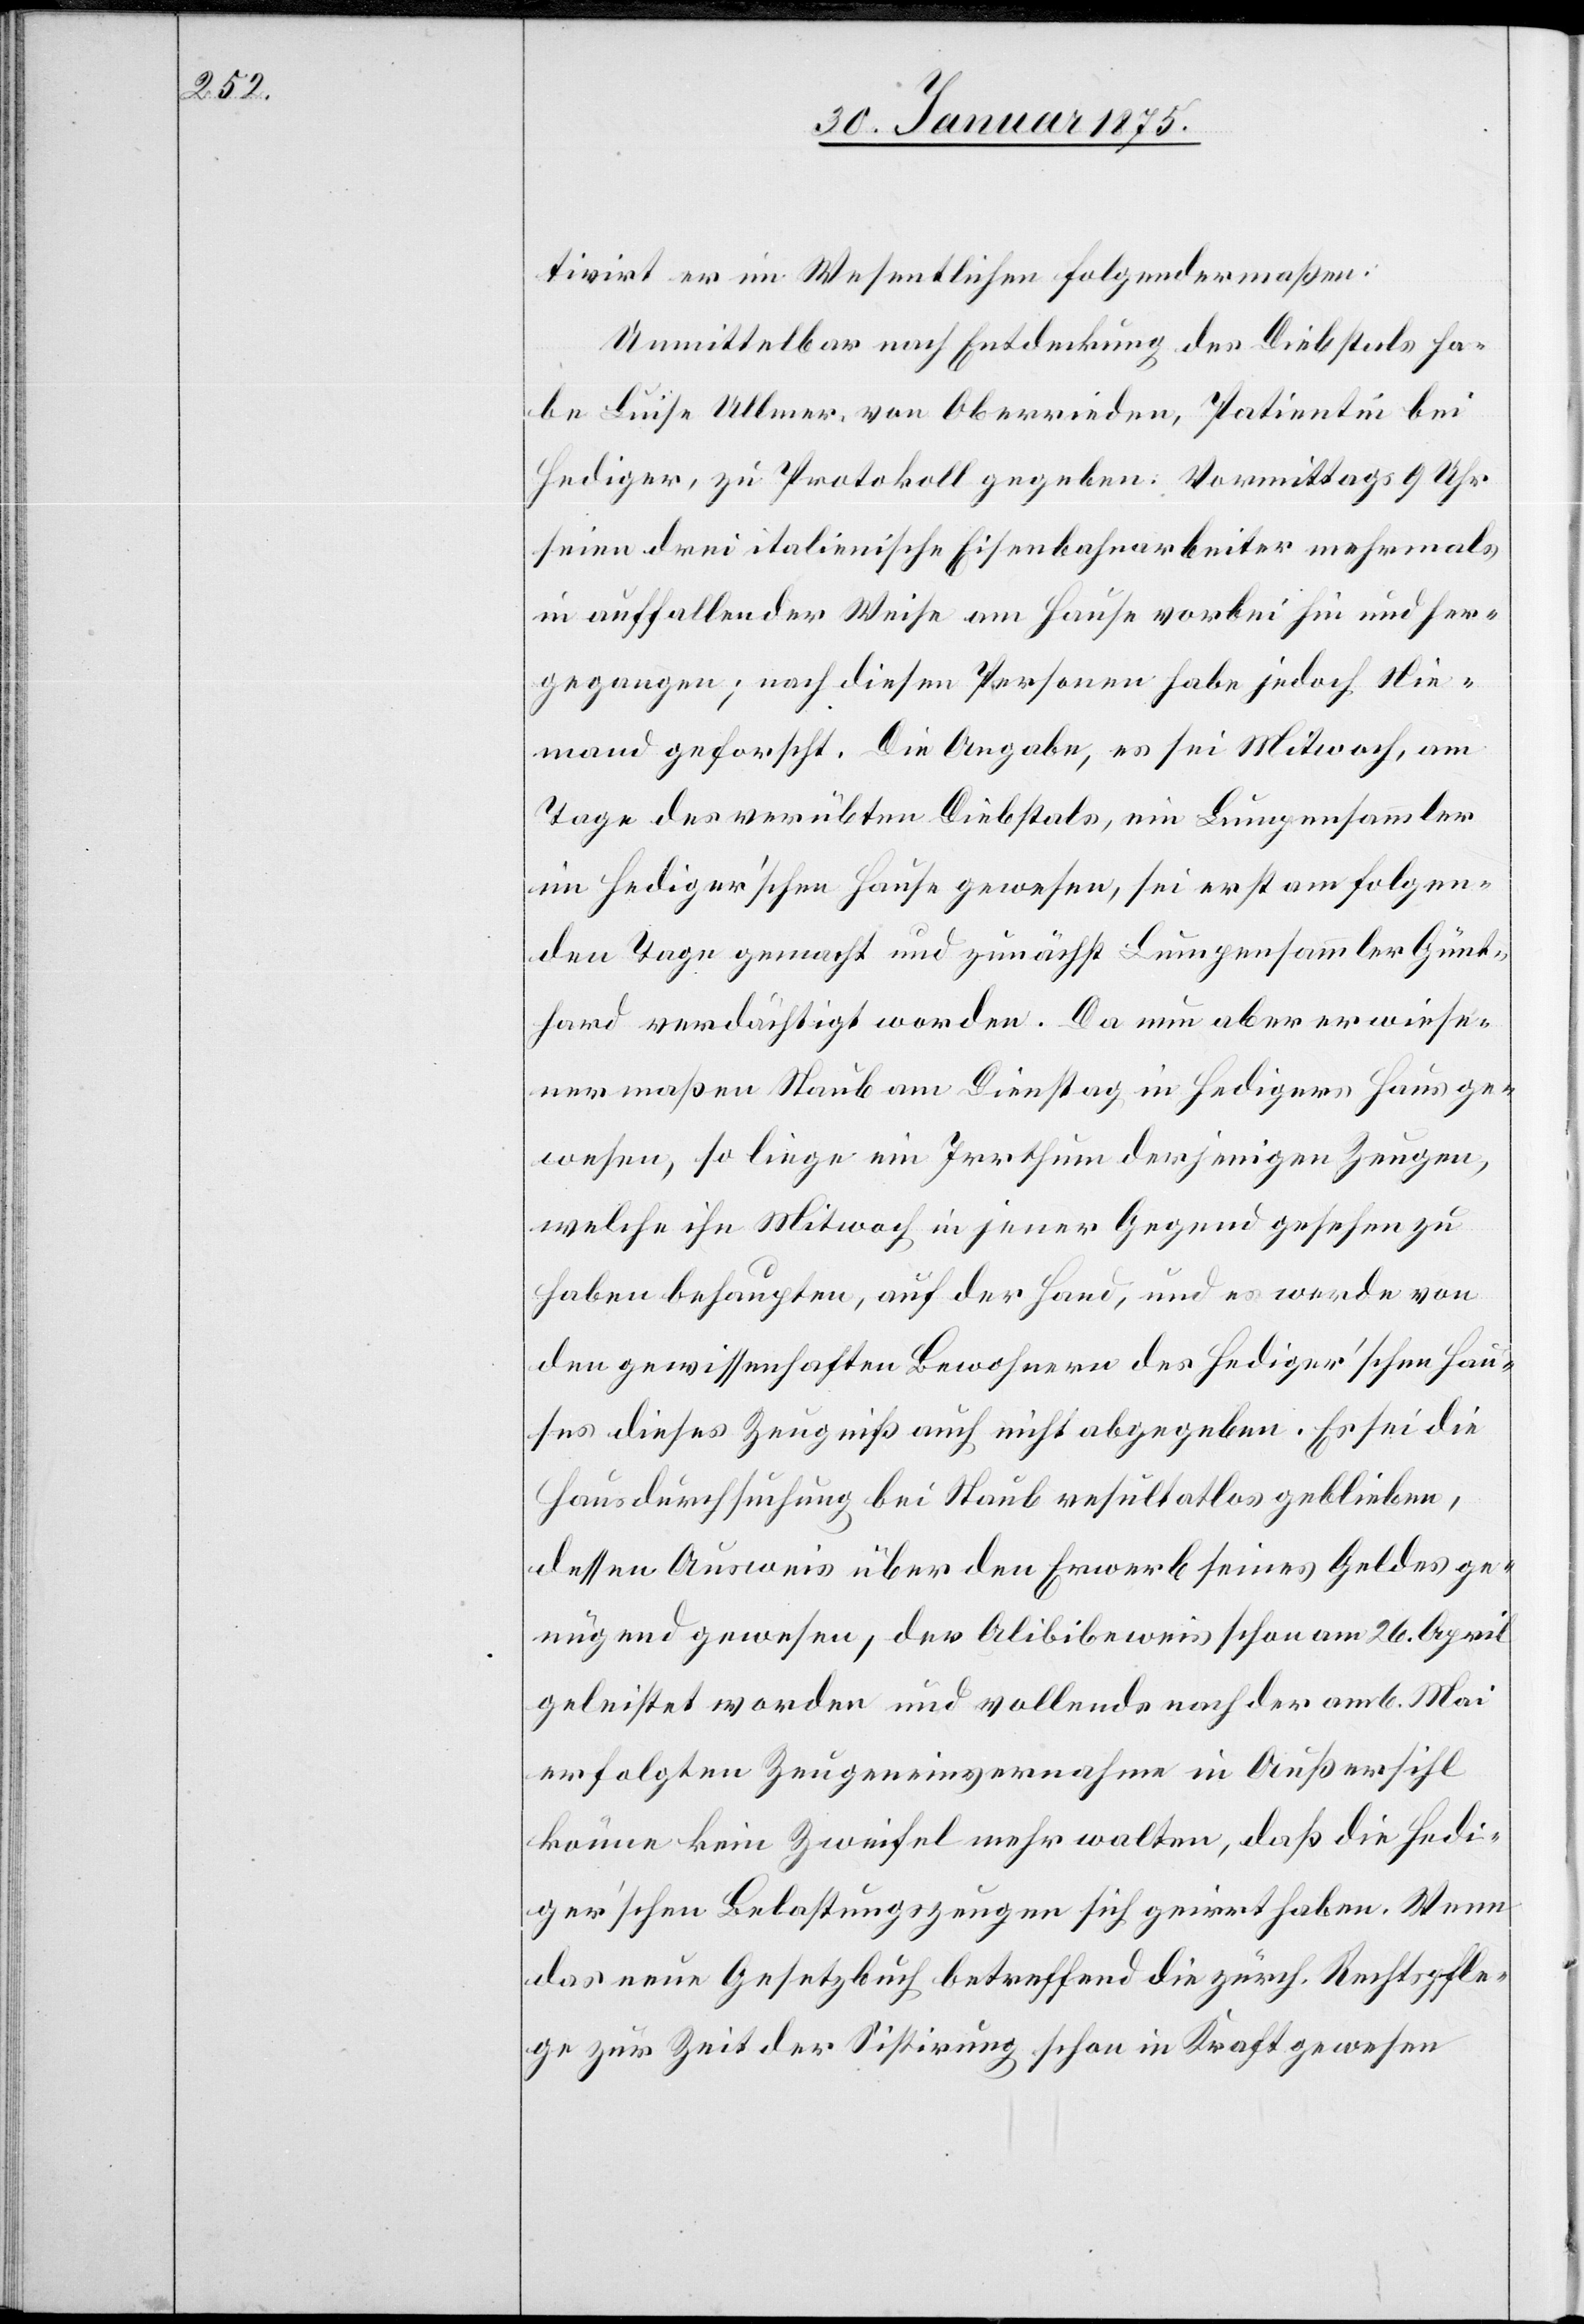
tivirt er im Wesentlichen folgendermaßen:
Unmittelbar nach Entdeckung des Diebstals ha¬
be Luise Ullmer, von Oberrieden, Patientin bei
Hediger, zu Protokoll gegeben: Vormittags 9 Uhr
seien drei italienische Eisenbahnarbeiter mehrmals
in auffallender Weise am Hause vorbei hin und her¬
gegangen; nach diesen Personen habe jedoch Nie¬
mand geforscht. Die Angabe, es sei Mitwoch, am
Tage des verübten Diebstals, ein Lumpensammler
im Hediger’schen Hause gewesen, sei erst am folgen¬
den Tage gemacht und zunächst Lumpensammler Günt¬
hard verdächtigt worden. Da nun aber erwiese¬
nermaßen Staub am Dienstag in Hedigers Haus ge¬
wesen, so liege ein Irrthum derjenigen Zeugen,
welche ihn Mitwoch in jener Gegend gesehen zu
haben behaupten, auf der Hand, und es werde von
den gewissenhaften Bewohnern des Hediger’schen Hau¬
ses dieses Zeugniß auch nicht abgegeben. Es sei die
Hausdurchsuchung bei Staub resultatlos geblieben,
dessen Ausweis über den Erwerb seines Geldes ge¬
nügend gewesen, der Alibibeweis schon am 26. April
geleistet worden und vollends nach der am 6. Mai
erfolgten Zeugeneinvernahme in Außersihl
könne kein Zweifel mehr walten, daß die Hedi¬
ger’schen Belastungszeugen sich geirrt haben. Wenn
das neue Gesetzbuch betreffend die zürch. Rechtspfle¬
ge zur Zeit der Sistirung schon in Kraft gewesen